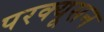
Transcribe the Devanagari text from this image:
परक्यूसन